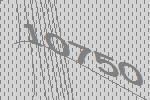
10750